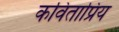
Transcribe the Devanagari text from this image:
कविताप्रिय